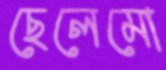
ছেলেমো